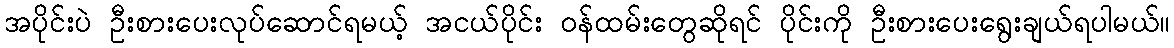
အပိုင်းပဲ ဦးစားပေးလုပ်ဆောင်ရမယ့် အငယ်ပိုင်း ဝန်ထမ်းတွေဆိုရင် ပိုင်းကို ဦးစားပေးရွေးချယ်ရပါမယ်။